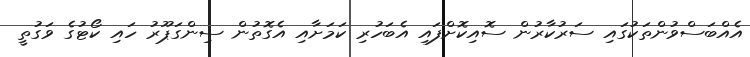
އެއްބަސްވުންތަކުގައި ސަރުކާރުން ސޮއިކޮށްފައި އެބަހުރި ކަމަށާއި އެގޮތުން ސިންގަޕޫރު ހައި ކޯޓުގެ ވަގުތީ